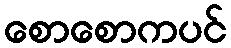
စောစောကပင်